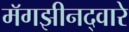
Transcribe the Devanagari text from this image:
मॅगझीनद्वारे